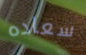
سعاده